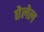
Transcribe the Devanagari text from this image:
ऐलेल